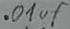
Text: .01µF